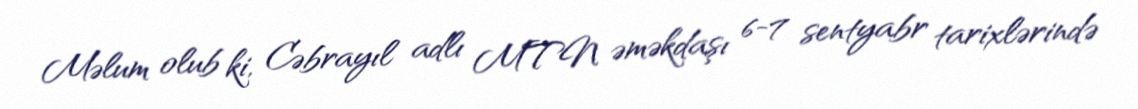
Məlum olub ki, Cəbrayıl adlı MTN əməkdaşı 6-7 sentyabr tarixlərində